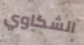
الشكاوي